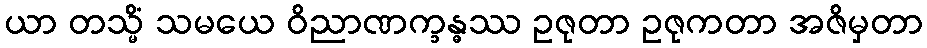
ယာ တသ္မိံ သမယေ ဝိညာဏက္ခန္ဓဿ ဥဇုတာ ဥဇုကတာ အဇိမှတာ